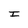
Character: I